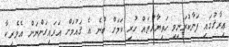
ޢިރާޤުގައި ފަނާކުރަނިވި ހަތިޔާރުތައް ހުރި ކަމަށް ބުނެ އެ ޤައުމަށް އަރައިގަންނަން އެމެރިކާ